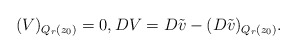
\begin{align*}(V)_{Q_r(z_0)}=0,DV= D\tilde v - (D \tilde v)_{Q_{r}(z_0)}.\end{align*}